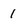
Character: 1